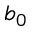
b _ { 0 }